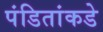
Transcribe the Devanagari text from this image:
पंडितांकडे